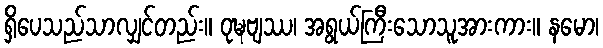
ရှိပေသည်သာလျှင်တည်း။ ဝုဍ္ဎဗျဿ၊ အရွယ်ကြီးသောသူအားကား။ နမော၊